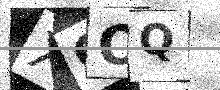
Text: XGOQ